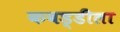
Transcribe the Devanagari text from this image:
कबड्डीला